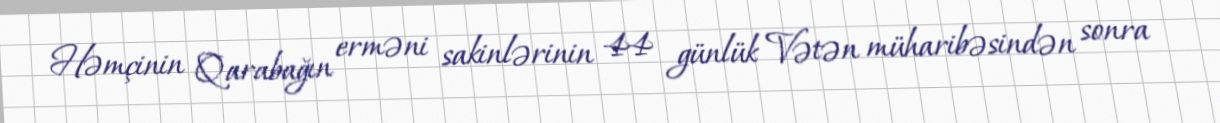
Həmçinin Qarabağın erməni sakinlərinin 44 günlük Vətən müharibəsindən sonra